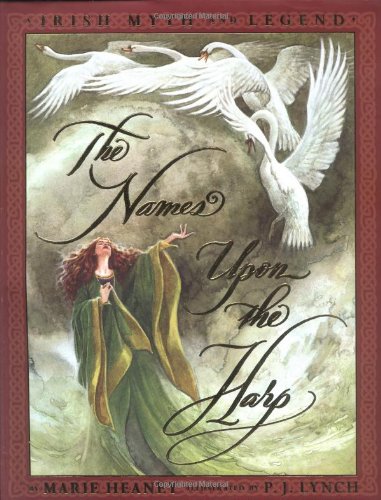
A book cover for The Names Upon The Harp: Irish Myths And Legends; Marie Heaney; Children's Books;